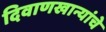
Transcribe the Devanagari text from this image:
दिवाणखान्यांचे